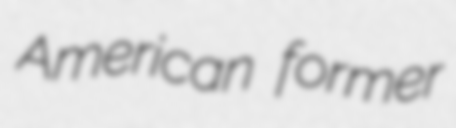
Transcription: American former